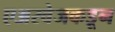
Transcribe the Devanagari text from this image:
एअरवेजकडून